Annual report of the Punjab Veterinary College and of the Civil Veterinary Department, Punjab - 1926-1932
Year: 1926
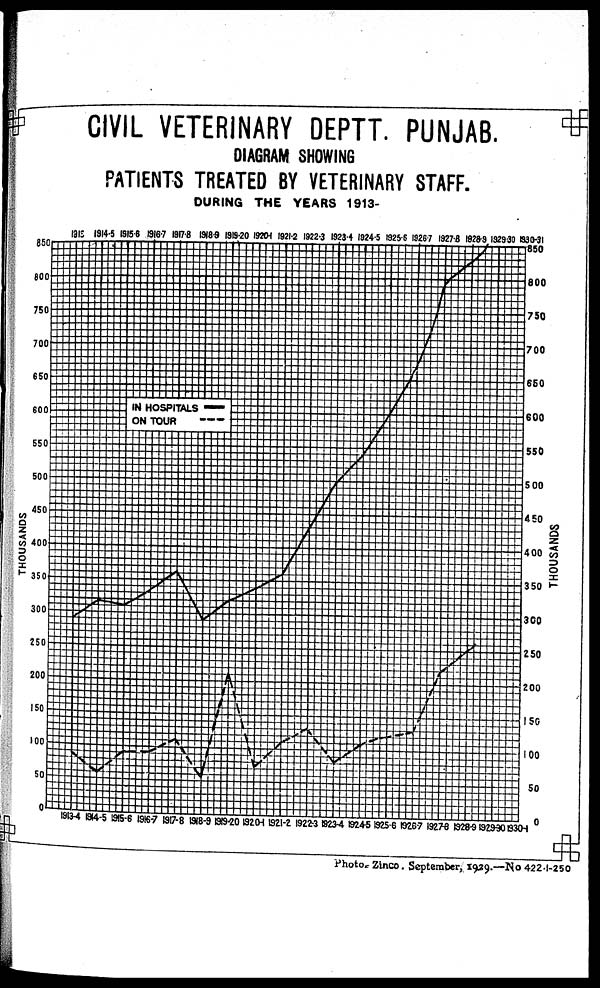
CIVIL VETERINARY DEPTT. PUNJAB.
DIAGRAM SHOWING
PATIENTS TREATED BY VETERINARY STAFF.
DURING THE YEARS 1913-
Photo. Zinco. September, 1929.—No 422-1-250